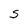
Character: S